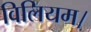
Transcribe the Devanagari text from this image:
विलियम।